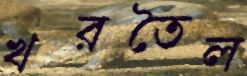
খরতৈল